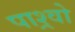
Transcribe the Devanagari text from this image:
पाश्र्वो